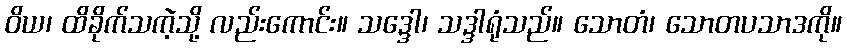
ဝိယ၊ ထိခိုက်သကဲ့သို့ လည်းကောင်း။ သဒ္ဒေါ၊ သဒ္ဒါရုံသည်။ သောတံ၊ သောတပသာဒကို။